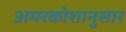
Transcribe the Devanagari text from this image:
अमरकोशानुसार